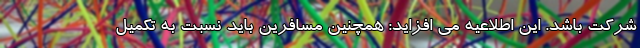
شرکت باشد. این اطلاعیه می افزاید: همچنین مسافرین باید نسبت به تکمیل